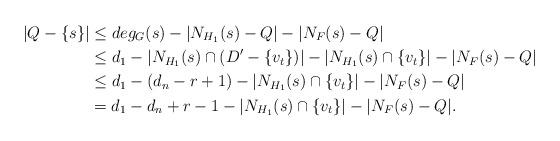
LaTeX: \begin{align*} |Q-\{s\}|&\leq deg_{G}(s)-|N_{H_{1}}(s)-Q|-|N_{F}(s)-Q|\\ &\leq d_{1}-|N_{H_{1}}(s)\cap (D'-\{v_{t}\})|-|N_{H_{1}}(s)\cap \{v_{t}\}|-|N_{F}(s)-Q|\\ &\leq d_{1}-(d_{n}-r+1)-|N_{H_{1}}(s)\cap \{v_{t}\}|-|N_{F}(s)-Q|\\&=d_{1}-d_{n}+r-1-|N_{H_{1}}(s)\cap \{v_{t}\}|-|N_{F}(s)-Q|. \end{align*}